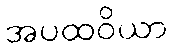
အပထဝိယာ